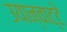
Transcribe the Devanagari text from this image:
उयान्वाट्टे